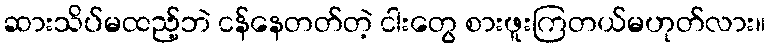
ဆားသိပ်မထည့်ဘဲ ငန်နေတတ်တဲ့ ငါးတွေ စားဖူးကြတယ်မဟုတ်လား။